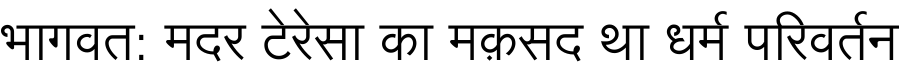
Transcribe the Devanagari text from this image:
भागवत: मदर टेरेसा का मक़सद था धर्म परिवर्तन